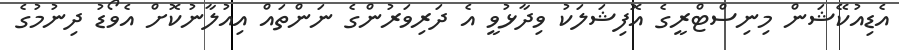
އެޑިއުކޭޝަން މިނިސްޓްރީގެ އޮފިޝަލަކު ވިދާޅުވީ އެ ދަރިވަރުންގެ ނަންތައް އިއުލާނުކޮށް އެވޯޑު ދިނުމުގެ